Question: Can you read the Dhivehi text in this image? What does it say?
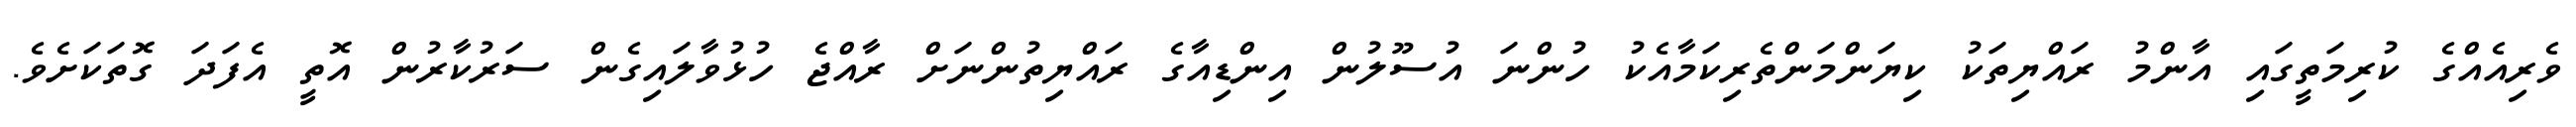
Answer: ވެރިއެއްގެ ކުރިމަތީގައި އާންމު ރައްޔިތަކު ކިޔަންމަންތެރިކަމާއެކު ހުންނަ އުސޫލުން އިންޑިއާގެ ރައްޔިތުންނަށް ރާއްޖެ ހުޅުވާލައިގެން ސަރުކާރުން އޮތީ އެފަދަ ގޮތަކަށެވެ.